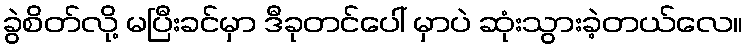
ခွဲစိတ်လို့ မပြီးခင်မှာ ဒီခုတင်ပေါ် မှာပဲ ဆုံးသွားခဲ့တယ်လေ။